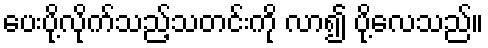
ပေးပို့လိုက်သည့်သတင်းကို လာ၍ ပို့လေသည်။